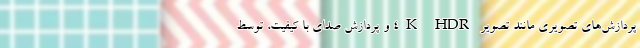
پردازش‌های تصویری مانند تصویر 4K HDR و پردازش صدای با کیفیت، توسط